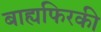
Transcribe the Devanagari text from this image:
बाह्यफिरकी